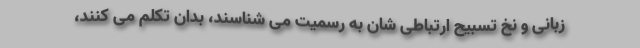
زبانی و نخ تسبیح ارتباطی شان به رسمیت می شناسند، بدان تکلم می کنند،